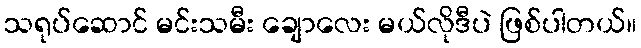
သရုပ်ဆောင် မင်းသမီး ချောလေး မယ်လိုဒီပဲ ဖြစ်ပါတယ်။